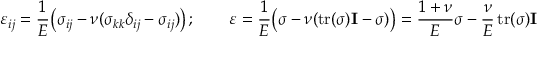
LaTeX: \varepsilon _ { i j } = { \frac { 1 } { E } } { \big ( } \sigma _ { i j } - \nu ( \sigma _ { k k } \delta _ { i j } - \sigma _ { i j } ) { \big ) } \, ; \qquad { \boldsymbol { \varepsilon } } = { \frac { 1 } { E } } { \big ( } { \boldsymbol { \sigma } } - \nu ( \operatorname { t r } ( { \boldsymbol { \sigma } } ) \mathbf { I } - { \boldsymbol { \sigma } } ) { \big ) } = { \frac { 1 + \nu } { E } } { \boldsymbol { \sigma } } - { \frac { \nu } { E } } \operatorname { t r } ( { \boldsymbol { \sigma } } ) \mathbf { I }